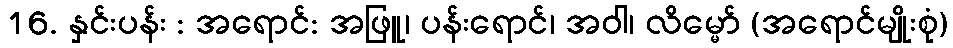
16. နှင်းပန်း : အရောင်: အဖြူ၊ ပန်းရောင်၊ အဝါ၊ လိမ္မော် (အရောင်မျိုးစုံ)